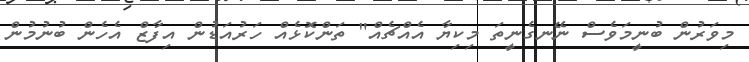
މިވަރުން ބުނީމަވެސް ނޭނގެނީތަ މިކިޔާ އެއްޗެއް" ތަންކޮޅެއް ހަރުއަޑުން އިފާޒް އެހެން ބުނުމުން